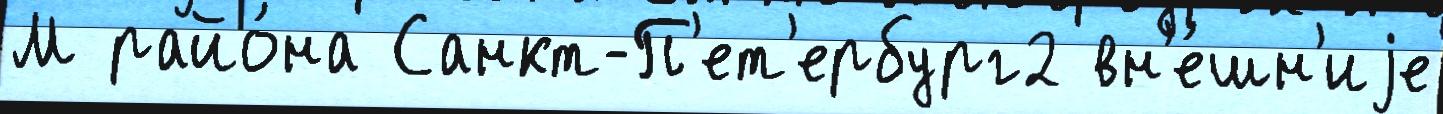
М райо́на Санкт-П'ет'ербург2 вн'е́шн'иjе